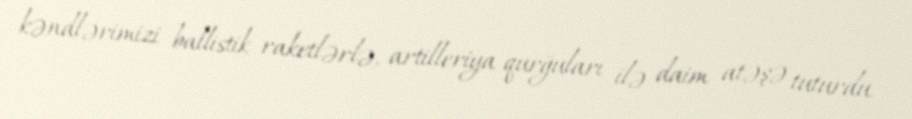
kəndlərimizi ballistik raketlərlə, artilleriya qurğuları ilə daim atəşə tuturdu.